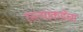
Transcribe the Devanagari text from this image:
रस्त्याकडेचा